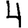
Digit: 4